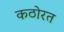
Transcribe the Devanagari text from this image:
कठोरत